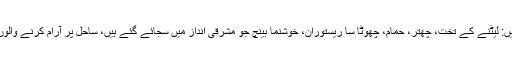
وہاں استراحت کی تمام سہولتیں ہیں: لیٹنے کے تخت، چھتر، حمام، چھوٹا سا ریستوران، خوشنما بینچ جو مشرقی انداز میں سجائے گئے ہیں، ساحل پر آرام کرنے والوں کے لیے دکان اور طبی سہولت۔